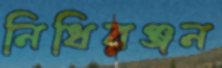
নিধিরঞ্জন